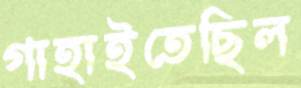
গাহাইতেছিল